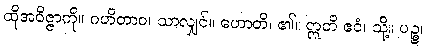
ထိုအဝိဇ္ဇာကို။ ဂဟိတာဝ၊ သာလျှင်။ ဟောတိ၊ ၏။ ဣတိ ဧဝံ၊ သို့။ ပဉ္စ၊